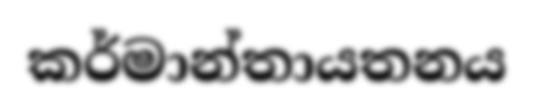
කර්මාන්තායතනය